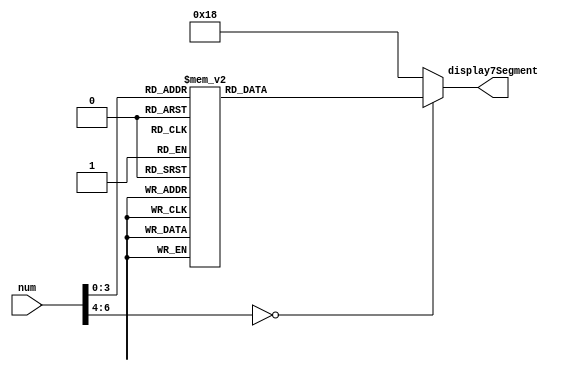
module BCD(
	input      [6:0] num,
	output reg [6:0] display7Segment
);


always@(num)
begin
	casex(num)
	
	0:
		display7Segment = 7'b1000000;
	1:
		display7Segment = 7'b1111001;
	2:
		display7Segment = 7'b0100100;
	3:
		display7Segment = 7'b0110000;
	4:
		display7Segment = 7'b0011001;
	5:
		display7Segment = 7'b0010010;
	6:
		display7Segment = 7'b0000010;
	7:
		display7Segment = 7'b1111000;
	8:
		display7Segment = 7'b0000000;
	9:
		display7Segment = 7'b0010000;
	10:
		display7Segment = 7'b0001100;
	11:
		display7Segment = 7'b0001000;
	default:
		display7Segment = 7'b0011000;
	
	endcase

end
endmodule